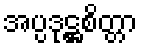
အပ္ပဒုဋ္ဌစိတ္တာ